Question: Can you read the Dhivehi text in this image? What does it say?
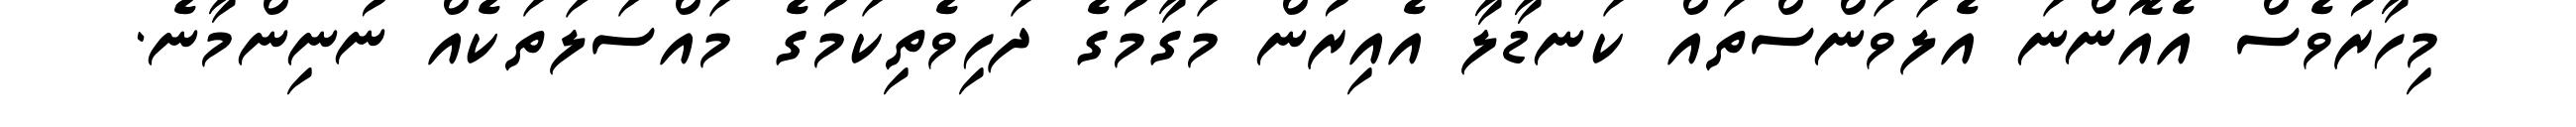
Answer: މިހާރުވެސް އެއޮންނަ އެލަވަންސްތައް ކަނޑާލާ އެއިރުން މަގާމުގެ ދަހިވެތިކަމުގެ މައްސަލަތަކެއް ނުނިންމާނެ.